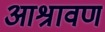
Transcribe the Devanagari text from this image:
आश्रावण